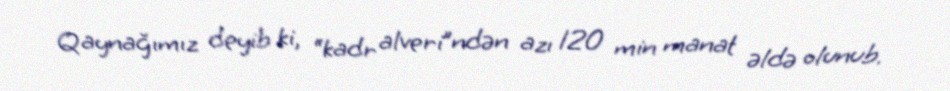
Qaynağımız deyib ki, “kadr alveri”ndən azı 120 min manat əldə olunub.